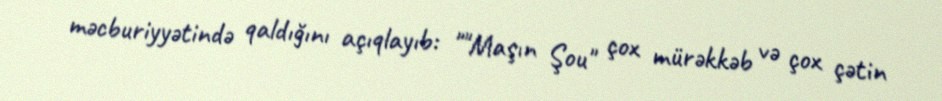
məcburiyyətində qaldığını açıqlayıb: ""Maşın Şou" çox mürəkkəb və çox çətin